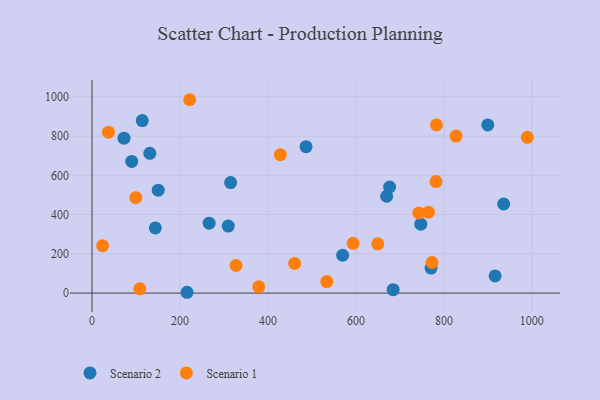
{"axis": {"x": "Investment", "y": "Exam Score"}, "legend": ["Scenario 1", "Scenario 2"], "data": [{"x": "486.6", "y": 745.9, "type": "Scenario 2"}, {"x": "747.5", "y": 351.4, "type": "Scenario 2"}, {"x": "315.1", "y": 563.1, "type": "Scenario 2"}, {"x": "90.3", "y": 670.7, "type": "Scenario 2"}, {"x": "669.9", "y": 493.5, "type": "Scenario 2"}, {"x": "266.3", "y": 356.4, "type": "Scenario 2"}, {"x": "114.2", "y": 878.8, "type": "Scenario 2"}, {"x": "569.7", "y": 192.9, "type": "Scenario 2"}, {"x": "684.6", "y": 17.7, "type": "Scenario 2"}, {"x": "150.5", "y": 524.3, "type": "Scenario 2"}, {"x": "916.5", "y": 87.4, "type": "Scenario 2"}, {"x": "72.7", "y": 789.5, "type": "Scenario 2"}, {"x": "143.9", "y": 332.1, "type": "Scenario 2"}, {"x": "216.0", "y": 4.2, "type": "Scenario 2"}, {"x": "935.9", "y": 454.0, "type": "Scenario 2"}, {"x": "676.6", "y": 540.5, "type": "Scenario 2"}, {"x": "131.4", "y": 712.1, "type": "Scenario 2"}, {"x": "899.8", "y": 856.7, "type": "Scenario 2"}, {"x": "770.9", "y": 127.6, "type": "Scenario 2"}, {"x": "309.7", "y": 341.5, "type": "Scenario 2"}, {"x": "99.6", "y": 486.2, "type": "Scenario 1"}, {"x": "37.4", "y": 820.1, "type": "Scenario 1"}, {"x": "460.7", "y": 151.2, "type": "Scenario 1"}, {"x": "773.1", "y": 155.9, "type": "Scenario 1"}, {"x": "593.6", "y": 253.7, "type": "Scenario 1"}, {"x": "24.1", "y": 241.2, "type": "Scenario 1"}, {"x": "108.7", "y": 21.9, "type": "Scenario 1"}, {"x": "782.1", "y": 568.3, "type": "Scenario 1"}, {"x": "222.0", "y": 985.2, "type": "Scenario 1"}, {"x": "765.0", "y": 412.0, "type": "Scenario 1"}, {"x": "989.8", "y": 793.5, "type": "Scenario 1"}, {"x": "827.7", "y": 800.2, "type": "Scenario 1"}, {"x": "533.8", "y": 58.8, "type": "Scenario 1"}, {"x": "379.1", "y": 32.2, "type": "Scenario 1"}, {"x": "327.4", "y": 140.6, "type": "Scenario 1"}, {"x": "649.7", "y": 251.1, "type": "Scenario 1"}, {"x": "428.2", "y": 705.3, "type": "Scenario 1"}, {"x": "742.9", "y": 408.0, "type": "Scenario 1"}, {"x": "783.0", "y": 856.7, "type": "Scenario 1"}]}